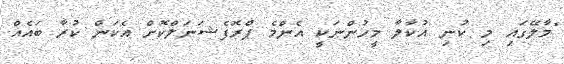
"މާލޭގައި މި ކުނި އުކާލާ މީހުންނަކީ އެންމެ ޕްރޮފެޝަނަލްކޮށް އެކަން ކުރާ ބައެއް